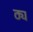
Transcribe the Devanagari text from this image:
ठ्य